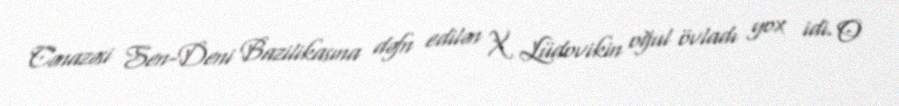
Cənazəsi Sen-Deni Bazilikasına dəfn edilən X Lüdovikin oğul övladı yox idi. O